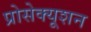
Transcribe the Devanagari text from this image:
प्रोसेक्यूशन